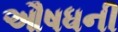
ઔષધની